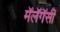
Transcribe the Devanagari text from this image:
मॅलॅगॅसी